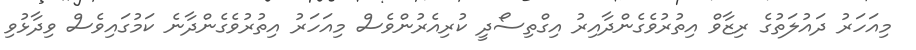
މިއަހަރު ދައުލަތުގެ ރިޒާވް އިތުރުވެގެންދާއިރު އިގްތިސޯދީ ކުރިއެރުންވެސް މިއަަހަރު އިތުރުވެގެންދާނެ ކަމުގައިވެސް ވިދާޅުވި